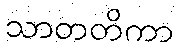
သာတတိကာ